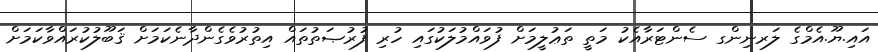
އައި.ޔޫ.އެމްގެ ލަރނިންގ ސެންޓަރާއެކު މަތީ ތަޢުލީމަށް ފުވައްމުލަކުގައި ހުރި ފުރުޞަތުތައް އިތުރުވެގެންދާނެކަމަށް ޤަބޫލުކުރައްވާކަމަށް